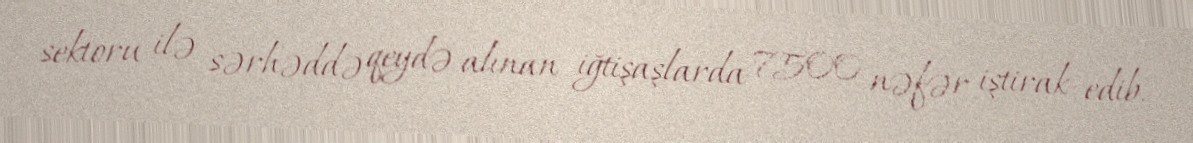
sektoru ilə sərhəddə qeydə alınan iğtişaşlarda 7500 nəfər iştirak edib.